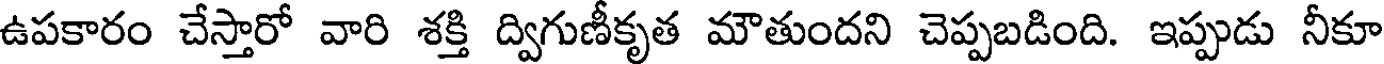
ఉపకారం చేస్తారో వారి శక్తి ద్విగుణీకృత మౌతుందని చెప్పబడింది. ఇప్పుడు నీకూ